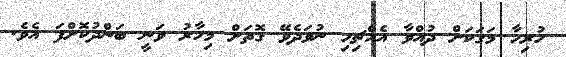
ހުރިހާ މަގަކަށް ދުއްވާ އެއްޗިހި ނުވަދެވޭ ގޮތަށް މިހާރު ވަނީ ބަންދުކޮށްފަ އެވެ.